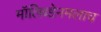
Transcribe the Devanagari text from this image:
मॉलिब्डेनमलाच